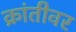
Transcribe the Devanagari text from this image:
क्रांतीवर